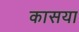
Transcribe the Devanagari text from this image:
कासया